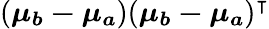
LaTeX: (\boldsymbol{\mu_{b}-\mu_{a}})(\boldsymbol{\mu_{b}-\mu_{a}})^{\intercal}